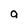
Character: 9